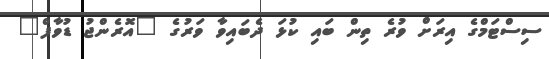
ސިސްޓަމްގެ އިރަށް ވުރެ ތިން ބައި ކުޅަ ދެބައިވާ ވަރުގެ "އޮރެންޖު ޑުވާފް"